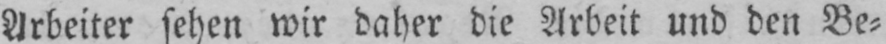
Arbeiter sehen wir daher die Arbeit und den Be⸗